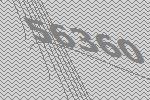
56360